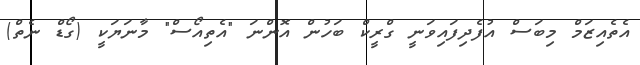
އެތެއިޒަމް މިބަސް އުފެދިފައިވަނީ ގްރީކް ބަހުން އޮންނަ "އެތިއޯސް" މާނަޔަކީ (ގޯޑް ނެތް)